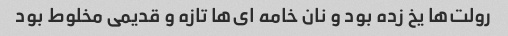
رولت‌ها یخ زده بود و نان خامه ای‌ها تازه و قدیمی مخلوط بود